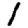
Digit: 1